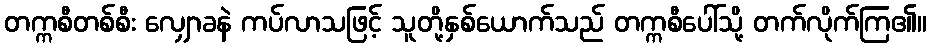
တက္ကစီတစ်စီး လျှောခနဲ ကပ်လာသဖြင့် သူတို့နှစ်ယောက်သည် တက္ကစီပေါ်သို့ တက်လိုက်ကြ၏။